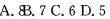
A.8B.7C.6D.5